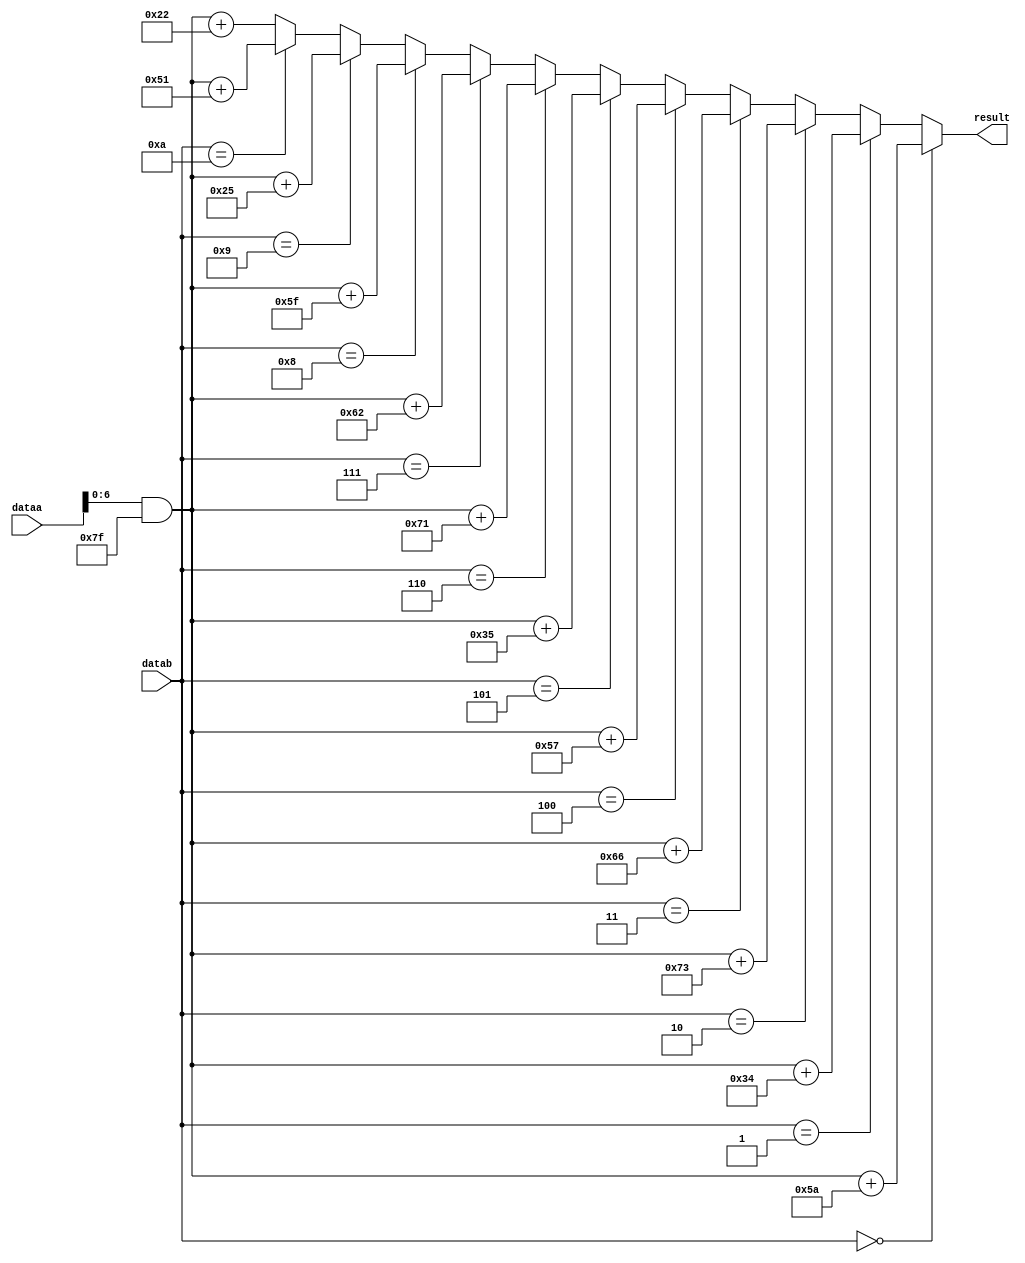

module addRoundConstant(dataa, datab, result);
    input [31:0] dataa, datab;
    output [6:0] result;

    assign result = (datab == 4'd0) ? (dataa & 7'h7f) + 7'h5A :
                    (datab == 4'd1) ? (dataa & 7'h7f) + 7'h34 :
                    (datab == 4'd2) ? (dataa & 7'h7f) + 7'h73 :
                    (datab == 4'd3) ? (dataa & 7'h7f) + 7'h66 :
                    (datab == 4'd4) ? (dataa & 7'h7f) + 7'h57 :
                    (datab == 4'd5) ? (dataa & 7'h7f) + 7'h35 :
                    (datab == 4'd6) ? (dataa & 7'h7f) + 7'h71 :
                    (datab == 4'd7) ? (dataa & 7'h7f) + 7'h62 :
                    (datab == 4'd8) ? (dataa & 7'h7f) + 7'h5F :
                    (datab == 4'd9) ? (dataa & 7'h7f) + 7'h25 :
                    (datab == 4'd10) ? (dataa & 7'h7f) + 7'h51 :
                    (dataa & 7'h7f) + 7'h22;

endmodule